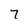
Character: 7